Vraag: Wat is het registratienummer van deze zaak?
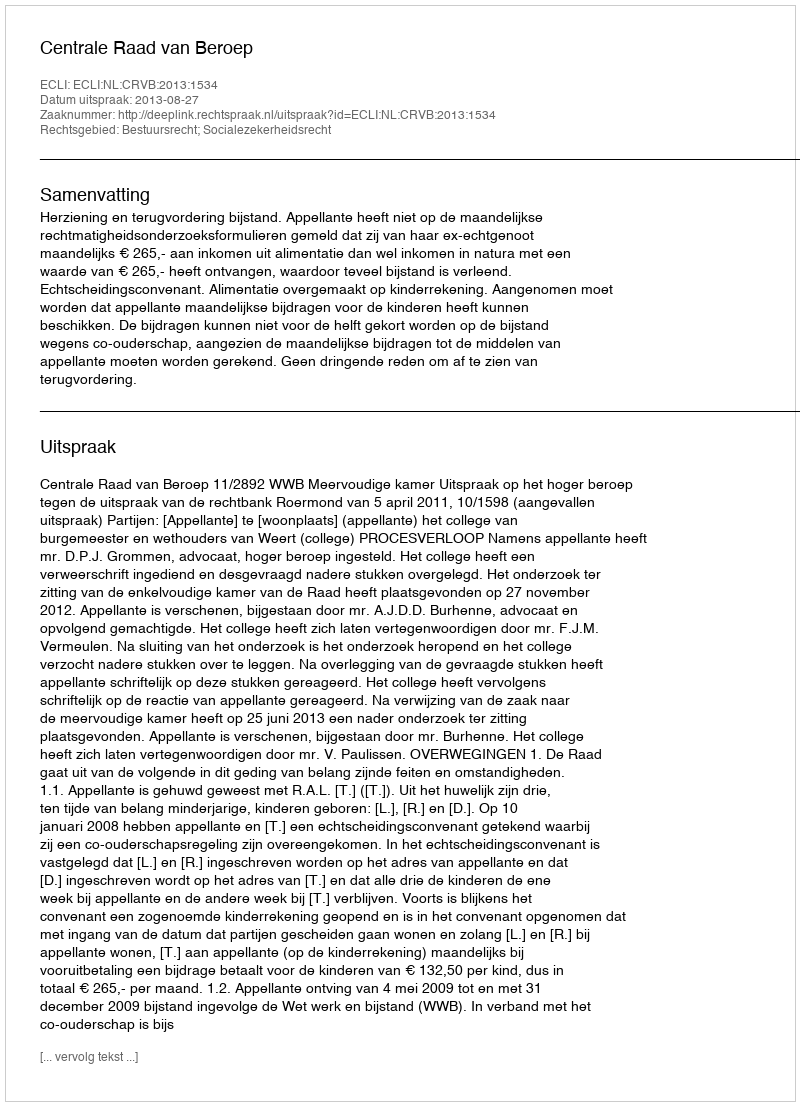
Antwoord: http://deeplink.rechtspraak.nl/uitspraak?id=ECLI:NL:CRVB:2013:1534